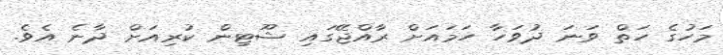
މަހުގެ ހަތް ވަނަ ދުވަހާ ހަމައަށް ރާއްޖޭގައި ޝޫޓިން ކުރިއަށް ދާނެ އެވެ.